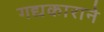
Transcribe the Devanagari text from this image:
गद्यकाराने